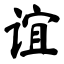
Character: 谊